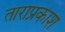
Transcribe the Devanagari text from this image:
ताराप्रकाश